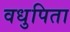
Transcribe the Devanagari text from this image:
वधुपिता